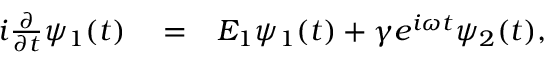
\begin{array} { r l r } { i \frac { \partial } { \partial t } \psi _ { 1 } ( t ) } & { { } = } & { E _ { 1 } \psi _ { 1 } ( t ) + \gamma e ^ { i \omega t } \psi _ { 2 } ( t ) , } \end{array}